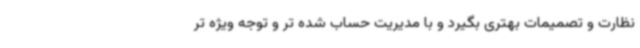
نظارت و تصمیمات بهتری بگیرد و با مدیریت حساب شده تر و توجه ویژه تر